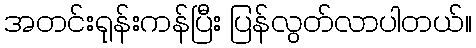
အတင်းရုန်းကန်ပြီး ပြန်လွတ်လာပါတယ်။